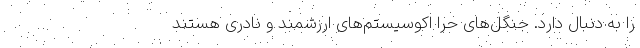
را به‌ دنبال دارد. جنگل‌های حرّا اکوسیستم‌های ارزشمند و نادری هستند